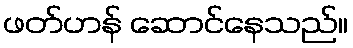
ဖတ်ဟန် ဆောင်နေသည်။